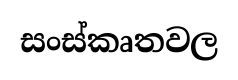
සංස්කෘතවල